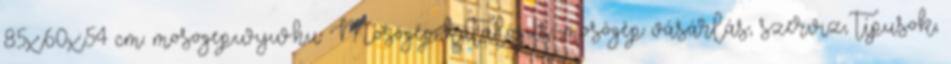
85x60x54 cm. mosogep.wyw.hu: Mosógép katalógus, mosógép vásárlás, szerviz, típusok,